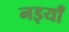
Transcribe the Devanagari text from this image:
नइयाँ